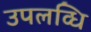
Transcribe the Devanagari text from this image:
उपलव्धि